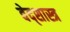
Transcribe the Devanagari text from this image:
वेद्शास्त्र